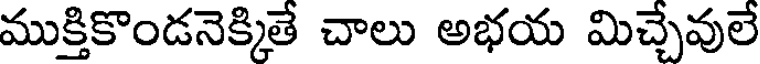
ముక్తికొండనెక్కితే చాలు అభయ మిచ్చేవులే